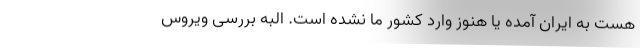
هست به ایران آمده یا هنوز وارد کشور ما نشده است. البه بررسی ویروس